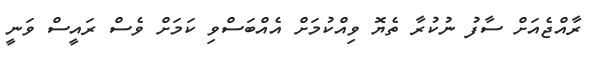
ރާއްޖެއަށް ސާފު ނުކުރާ ތެޔޮ ވިއްކުމަށް އެއްބަސްވި ކަމަށް ވެސް ރައީސް ވަނީ